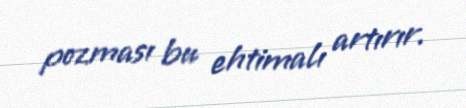
pozması bu ehtimalı artırır.